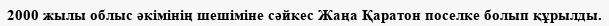
2000 жылы облыс әкімінің шешіміне сәйкес Жаңа Қаратон поселке болып құрылды.